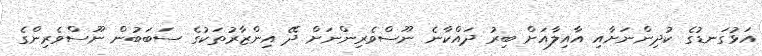
އަޅުގަނޑުގެ ކުދިންނަށާއި އާއިލާއަށް ބިރު ދައްކާނެ ނޫސްވެރިންނަށް ދޭ އިންޒާރުތަކުގެ ސަބަބުން ނޫސްވެރިންގެ